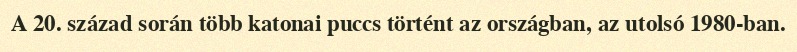
A 20. század során több katonai puccs történt az országban, az utolsó 1980-ban.